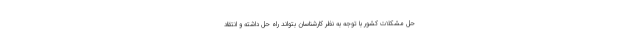
حل مشکلات کشور با توجه به نظر کارشناسان بتواند راه حل داشته و انتقاد